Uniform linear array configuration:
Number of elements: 48
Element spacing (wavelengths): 0.75
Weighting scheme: hann
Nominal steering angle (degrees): -60
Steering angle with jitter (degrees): -60.612
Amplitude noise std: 0.05
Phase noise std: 0.05

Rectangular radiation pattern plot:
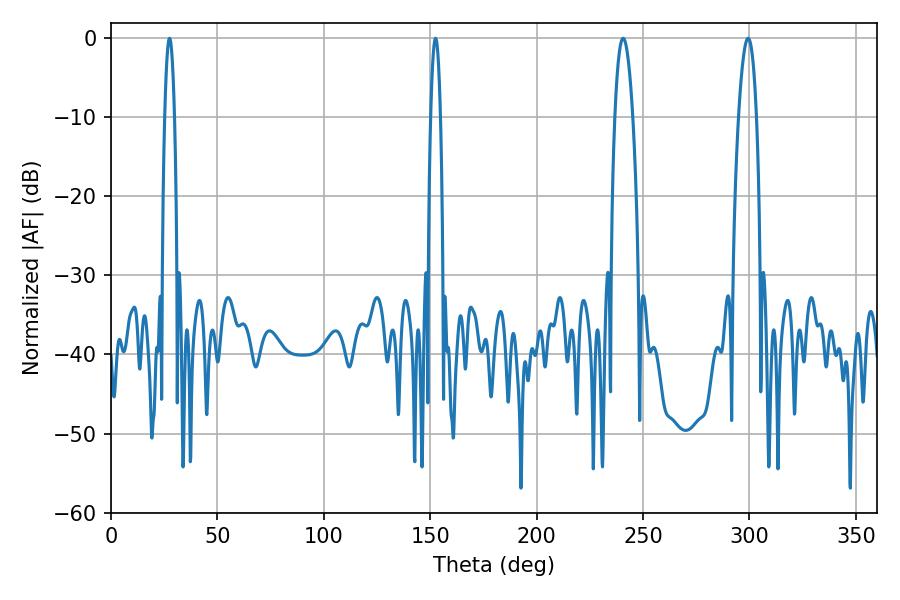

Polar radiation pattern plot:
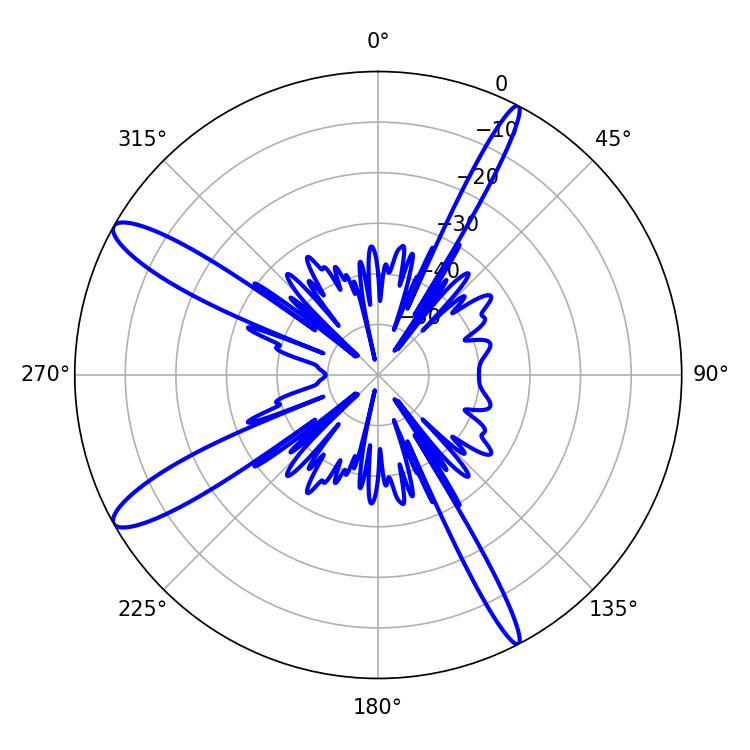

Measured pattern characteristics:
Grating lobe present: TRUE
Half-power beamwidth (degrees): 4.5
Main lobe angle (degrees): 240.66